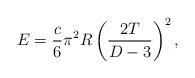
LaTeX: \begin{align*}E={c\over 6}\pi^2R\left({{2T}\over{D-3}}\right)^2,\end{align*}